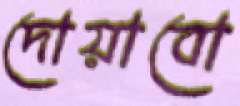
দোয়াবো